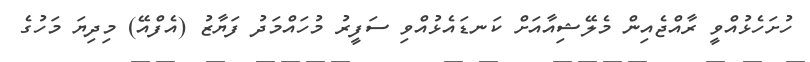
ހުށަހެޅުއްވީ ރާއްޖެއިން މެލޭޝިއާއަށް ކަނޑައެޅުއްވި ސަފީރު މުހައްމަދު ފަޔާޒު (އެފްއޭ) މިދިޔަ މަހުގެ